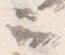
云